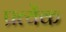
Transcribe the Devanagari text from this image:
प्रत्येंक